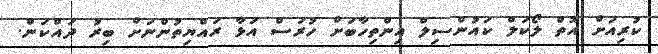
ކުރިއަށް އޮތް ލޯކަލް ކައުންސިލް އިންތިހާބަށް ހުރަސް އަޅާ ރައްޔިތުންނަށް ބިރު ދައްކަން.